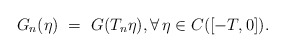
\begin{align*}G_n(\eta) \ = \ G(T_n\eta), \forall\,\eta\in C([-T,0]).\end{align*}